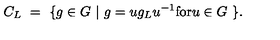
C _ { L } \ = \ \{ g \in G \ | \ g = u g _ { L } u ^ { - 1 } \mathrm { f o r } u \in G \ \} .